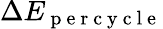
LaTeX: \Delta E_{\mathrm{~p~e~r~c~y~c~l~e~}}